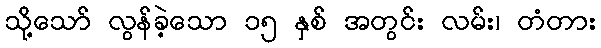
သို့သော် လွန်ခဲ့သော ၁၅ နှစ် အတွင်း လမ်း၊ တံတား